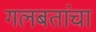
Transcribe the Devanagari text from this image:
गलबतांचा